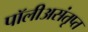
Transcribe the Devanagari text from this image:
पॉलीअसंतृप्त